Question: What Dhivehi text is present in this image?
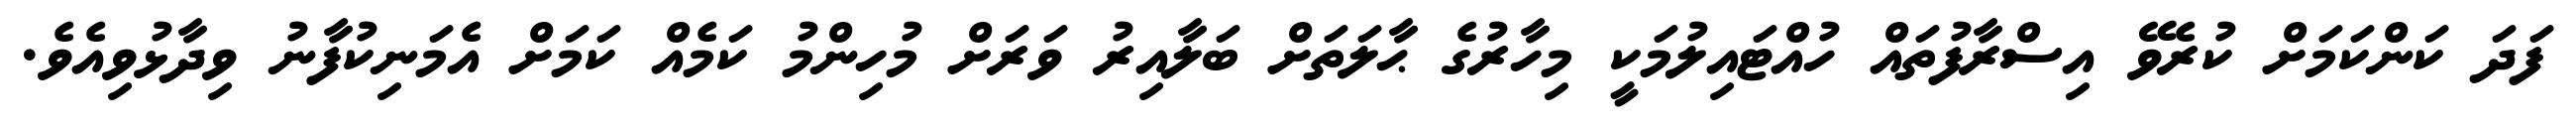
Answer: ފަދަ ކަންކަމަށް ކުރެވޭ އިސްރާފުތައް ހުއްޓައިލުމަކީ މިހާރުގެ ޙާލަތަށް ބަލާއިރު ވަރަށް މުހިންމު ކަމެއް ކަމަށް އެމަނިކުފާނު ވިދާޅުވިއެވެ.